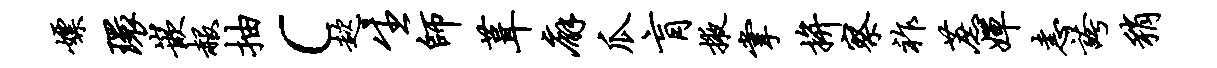
嫖环嵌赧抽c趑生师葺廨瓜肓掖掌拚察祚蔗婵恚夸稍